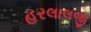
હરલાલજી